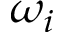
\omega _ { i }